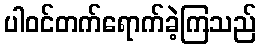
ပါဝင်တက်ရောက်ခဲ့ကြသည်